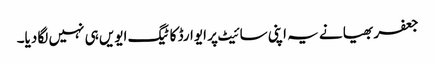
جعفر بھیا نے یہ اپنی سائیٹ پر ایوارڈ کا ٹیگ ایویں ہی نہیں لگا دیا۔